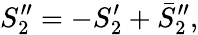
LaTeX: S_{2}^{\prime\prime}=-S_{2}^{\prime}+\bar{S}_{2}^{\prime\prime},